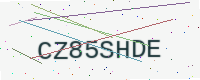
Text: CZ85SHDE